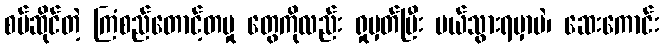
စပ်ဆိုင်တဲ့ ကြံစည်တောင့်တမှု တွေကိုလည်း ရှုမှတ်ပြီး ပယ်သွားရမှာပဲ၊ ဆေးကောင်း